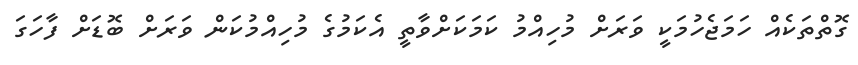
ގޮތްތަކެއް ހަމަޖެހުމަކީ ވަރަށް މުހިއްމު ކަމަކަށްވާތީ އެކަމުގެ މުހިއްމުކަން ވަރަށް ބޮޑަށް ފާހަގަ